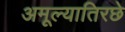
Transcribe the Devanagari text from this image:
अमूल्यातिरछे